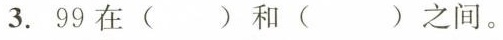
3.99在( )和( )之间。